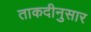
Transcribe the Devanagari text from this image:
ताकदीनुसार